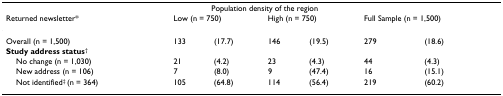
<table><thead><tr><td></td><td colspan="4"><b>Population density of the region</b></td><td></td><td></td></tr><tr><td><b>Returned newsletter*</b></td><td colspan="2"><b>Low (n = 750)</b></td><td colspan="2"><b>High (n = 750)</b></td><td colspan="2"><b>Full Sample (n = 1,500)</b></td></tr></thead><tbody><tr><td>Overall (n = 1,500)</td><td>133</td><td>(17.7)</td><td>146</td><td>(19.5)</td><td>279</td><td>(18.6)</td></tr><tr><td><b>Study address status</b><sup>†</sup></td><td></td><td></td><td></td><td></td><td></td><td></td></tr><tr><td> No change (n = 1,030)</td><td>21</td><td>(4.2)</td><td>23</td><td>(4.3)</td><td>44</td><td>(4.3)</td></tr><tr><td> New address (n = 106)</td><td>7</td><td>(8.0)</td><td>9</td><td>(47.4)</td><td>16</td><td>(15.1)</td></tr><tr><td> Not identified<sup>‡ </sup>(n = 364)</td><td>105</td><td>(64.8)</td><td>114</td><td>(56.4)</td><td>219</td><td>(60.2)</td></tr></tbody></table>